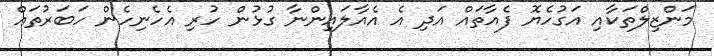
މަންޒިލްތަކާއި އަގުހެޔޮ ފެއާތައް އަދި އެ އެއާލައިންނާ ގުޅުން ހުރި އެހެނިހެން ހަބަރުތައް